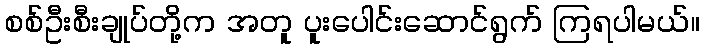
စစ်ဦးစီးချုပ်တို့က အတူ ပူးပေါင်းဆောင်ရွက် ကြရပါမယ်။